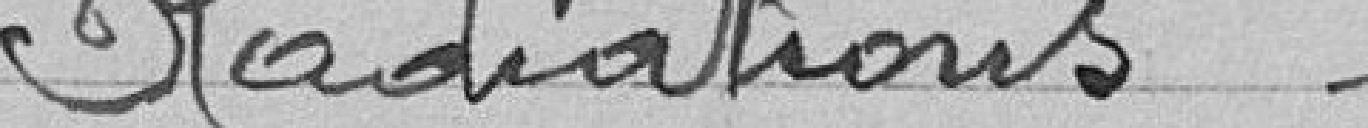
Radiations